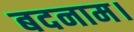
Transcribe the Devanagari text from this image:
बदनाम।